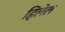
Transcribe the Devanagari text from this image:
हिलेल